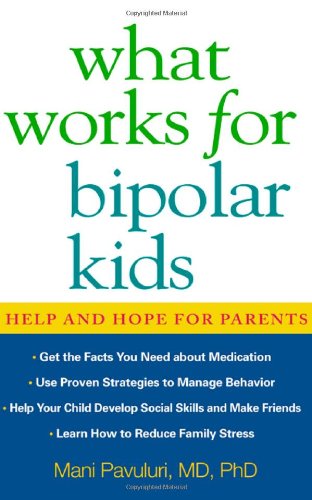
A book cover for What Works for Bipolar Kids: Help and Hope for Parents; Mani Pavuluri; Health, Fitness & Dieting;